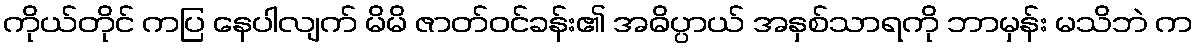
ကိုယ်တိုင် ကပြ နေပါလျက် မိမိ ဇာတ်ဝင်ခန်း၏ အဓိပ္ပာယ် အနှစ်သာရကို ဘာမှန်း မသိဘဲ က